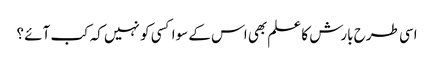
اسی طرح بارش کا علم بھی اس کے سوا کسی کو نہیں کہ کب آئے ؟